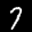
Label: 7